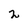
Character: 2